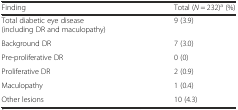
<table><thead><tr><td><b>Finding</b></td><td><b>Total (<i>N</i> = 232)<sup>a</sup> (%)</b></td></tr></thead><tbody><tr><td>Total diabetic eye disease (including DR and maculopathy)</td><td>9 (3.9)</td></tr><tr><td>Background DR</td><td>7 (3.0)</td></tr><tr><td>Pre-proliferative DR</td><td>0 (0)</td></tr><tr><td>Proliferative DR</td><td>2 (0.9)</td></tr><tr><td>Maculopathy</td><td>1 (0.4)</td></tr><tr><td>Other lesions</td><td>10 (4.3)</td></tr></tbody></table>